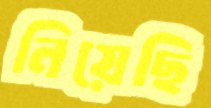
নিয়েছি